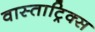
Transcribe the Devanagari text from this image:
वास्ताट्रिक्स